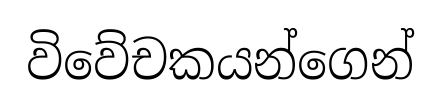
විවේචකයන්ගෙන්